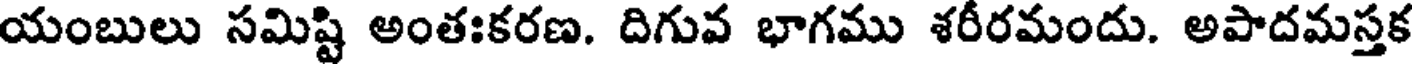
యంబులు సమిష్టి అంతఃకరణ. దిగువ భాగము శరీరమందు. అపాదమస్తక